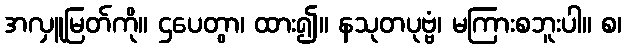
အလှူမြတ်ကို။ ဌပေတွာ၊ ထား၍။ နသုတပုဗ္ဗံ၊ မကြားစဘူးပါ။ စ၊